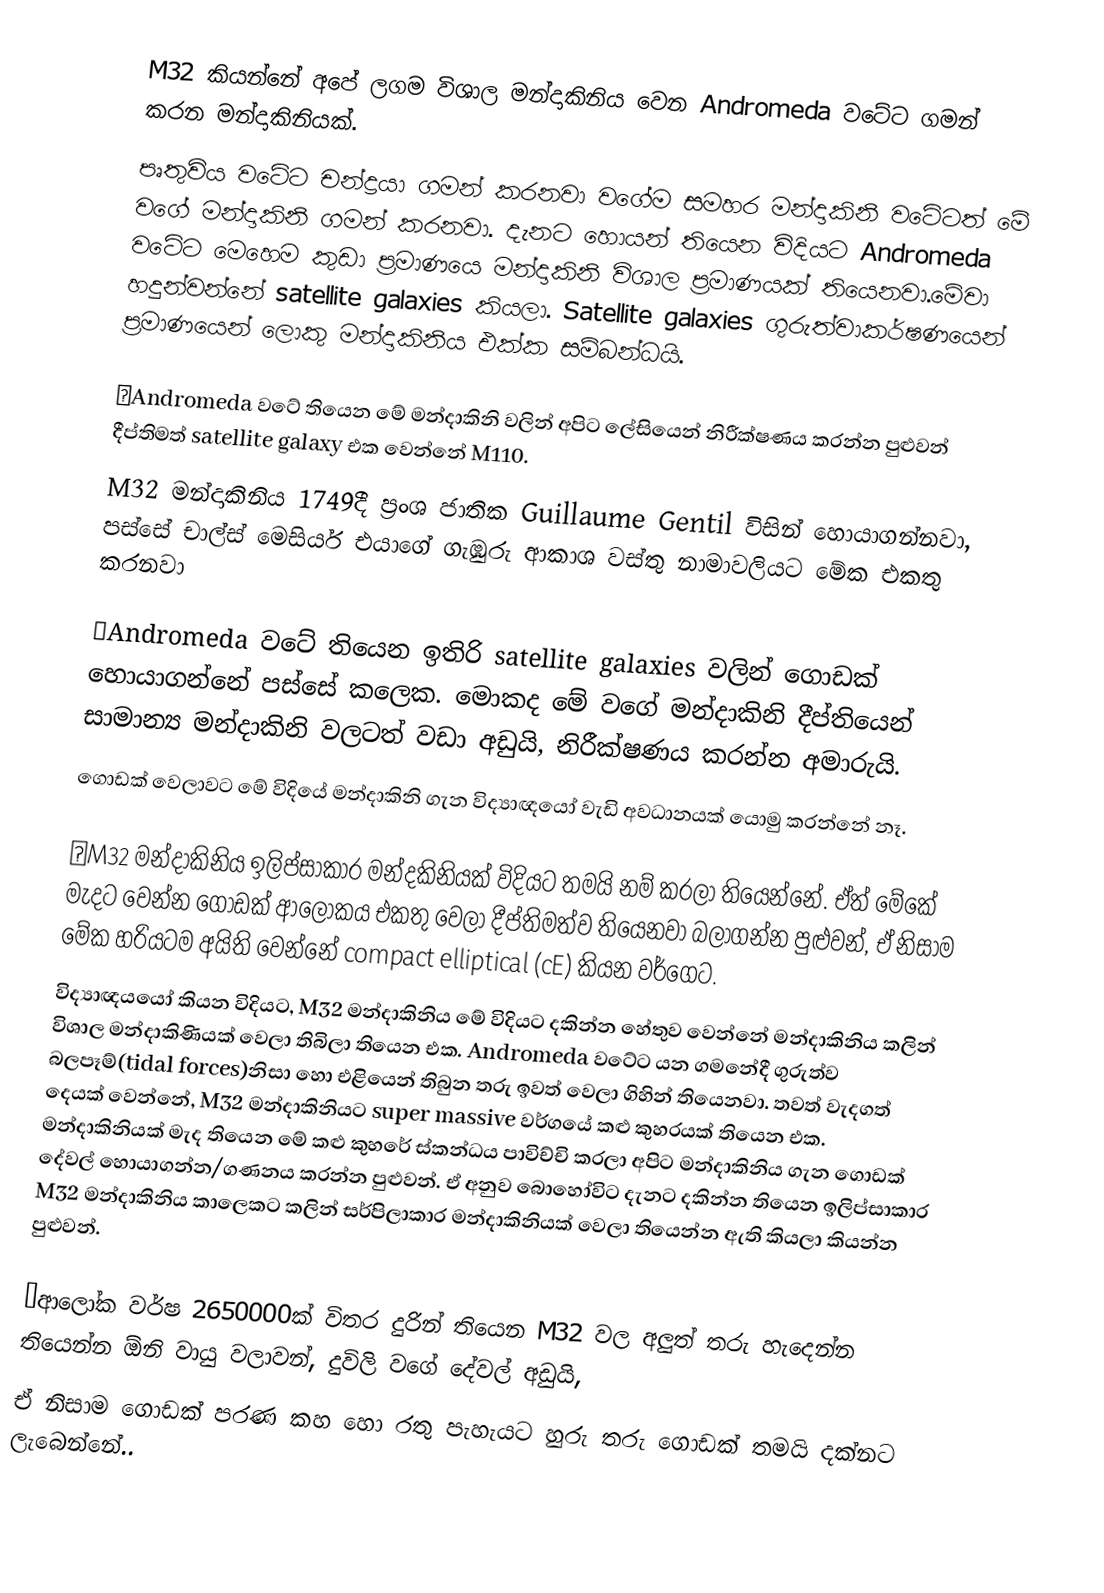
M32 කියන්නේ අපේ ලගම විශාල මන්දාකිනිය වෙන Andromeda වටේට ගමන් කරන මන්දාකිනියක්.
පෘතුවිය වටේට චන්ද්‍රයා ගමන් කරනවා වගේම සමහර මන්දාකිනි වටේටත් මේ වගේ මන්දාකිනි ගමන් කරනවා. දැනට හොයන් තියෙන විදියට Andromeda වටේට මෙහෙම කුඩා ප්‍රමාණයෙ මන්දාකිනි විශාල ප්‍රමාණයක් තියෙනවා.මේවා හදුන්වන්නේ satellite galaxies කියලා. Satellite galaxies ගුරුත්වාකර්ෂණයෙන් ප්‍රමාණයෙන් ලොකු මන්දාකිනිය එක්ක සම්බන්ධයි.

💫Andromeda වටේ තියෙන මේ මන්දාකිනි වලින් අපිට ලේසියෙන් නිරීක්ෂණය කරන්න පුළුවන් දීප්තිමත් satellite galaxy එක වෙන්නේ M110.
M32 මන්දාකිනිය 1749දී ප්‍රංශ ජාතික Guillaume Gentil විසින් හොයාගන්නවා, පස්සේ චාල්ස් මෙසියර් එයාගේ ගැඹුරු ආකාශ වස්තු නාමාවලියට මේක එකතු කරනවා

💫Andromeda වටේ තියෙන ඉතිරි satellite galaxies වලින් ගොඩක් හොයාගන්නේ පස්සේ කලෙක. මොකද මේ වගේ මන්දාකිනි දීප්තියෙන් සාමාන්‍ය මන්දාකිනි වලටත් වඩා අඩුයි, නිරීක්ෂණය කරන්න අමාරුයි.
ගොඩක් වෙලාවට මේ විදියේ මන්දාකිනි ගැන විද්‍යාඥයෝ වැඩි අවධානයක් යොමු කරන්නේ නෑ.

💫M32 මන්දාකිනිය ඉලිප්සාකාර මන්දකිනියක් විදියට තමයි නම් කරලා තියෙන්නේ. ඒත් මේකේ මැදට වෙන්න ගොඩක් ආලෝකය එකතු වෙලා දීප්තිමත්ව තියෙනවා බලාගන්න පුළුවන්, ඒ නිසාම මේක හරියටම අයිති වෙන්නේ compact elliptical (cE) කියන වර්ගෙට.
විද්‍යාඥයයෝ කියන විදියට, M32 මන්දාකිනිය මේ විදියට දකින්න හේතුව වෙන්නේ මන්දාකිනිය කලින් විශාල මන්දාකිණියක් වෙලා තිබිලා තියෙන එක. Andromeda වටේට යන ගමනේදී ගුරුත්ව බලපෑම්(tidal forces)නිසා හො එළියෙන් තිබුන තරු ඉවත් වෙලා ගිහින් තියෙනවා. තවත් වැදගත් දෙයක් වෙන්නේ, M32 මන්දාකිනියට super massive වර්ගයේ කළු කුහරයක් තියෙන එක. මන්දාකිනියක්‌ මැද තියෙන මේ කළු කුහරේ ස්කන්ධය පාවිච්චි කරලා අපිට මන්දාකිනිය ගැන ගොඩක් දේවල් හොයාගන්න/ගණනය කරන්න පුළුවන්. ඒ අනුව බොහෝවිට දැනට දකින්න තියෙන ඉලිප්සාකාර M32 මන්දාකිනිය කාලෙකට කලින් සර්පිලාකාර මන්දාකිනියක් වෙලා තියෙන්න ඇති කියලා කියන්න පුළුවන්.

💫ආලෝක වර්ෂ 2650000ක්‌ විතර දුරින් තියෙන M32 වල අලුත් තරු හැදෙන්න තියෙන්න ඕනි වායු වලාවන්, දුවිලි වගේ දේවල් අඩුයි,
ඒ නිසාම ගොඩක් පරණ කහ හො රතු පැහැයට හුරු තරු ගොඩක් තමයි දක්නට ලැබෙන්නේ..